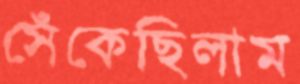
সেঁকেছিলাম